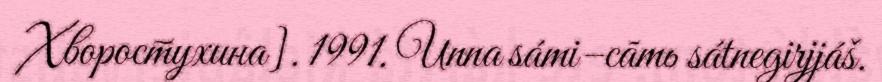
Хворостухина]. 1991. Unna sámi–cāmь sátnegirjjáš.